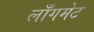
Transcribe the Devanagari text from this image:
लाँगमेट